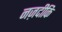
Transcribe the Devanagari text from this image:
नज़दीकि